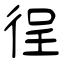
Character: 徎